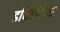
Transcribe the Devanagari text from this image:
डर्विएटिव्स